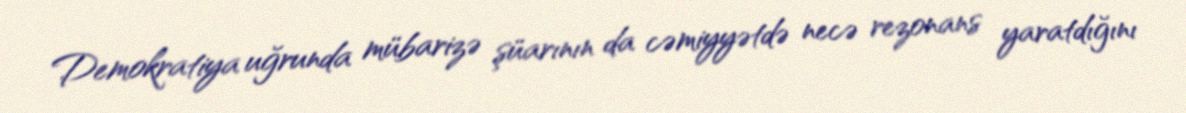
Demokratiya uğrunda mübarizə şüarının da cəmiyyətdə necə rezonans yaratdığını